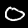
Digit: 0